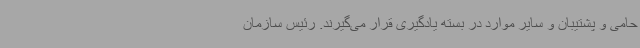
حامی و پشتیبان و سایر موارد در بسته یادگیری قرار می‌گیرند. رئیس سازمان